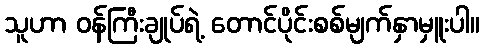
သူဟာ ဝန်ကြီးချုပ်ရဲ့ တောင်ပိုင်းစစ်မျက်နှာမှူးပါ။